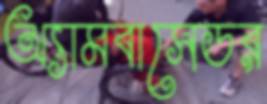
অ্যামবাসেডর